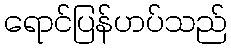
ရောင်ပြန်ဟပ်သည်